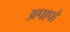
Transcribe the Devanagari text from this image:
अपापो